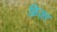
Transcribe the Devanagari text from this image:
फ्रिज़र